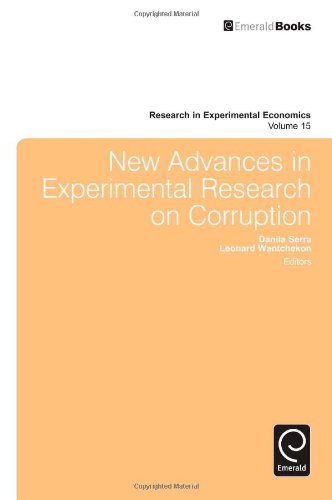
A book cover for New Advances in Experimental Research on Corruption (Research in Experimental Economics); Danila Serra; Business & Money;